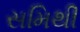
સમિથી